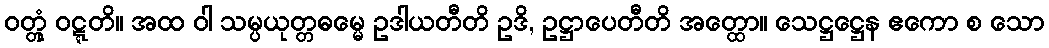
ဝတ္တုံ ဝဋ္ဋတိ။ အထ ဝါ သမ္ပယုတ္တဓမ္မေ ဥဒါယတီတိ ဥဒိ, ဥဋ္ဌာပေတီတိ အတ္ထော။ သေဋ္ဌဋ္ဌေန ဧကော စ သော